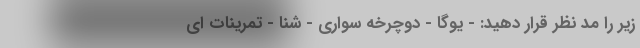
زیر را مد نظر قرار دهید: - یوگا - دوچرخه سواری - شنا - تمرینات ای